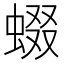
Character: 蝃